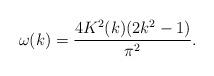
LaTeX: \begin{align*} \omega(k) = \frac{4 K^2(k) (2k^2 - 1)}{\pi^2}.\end{align*}